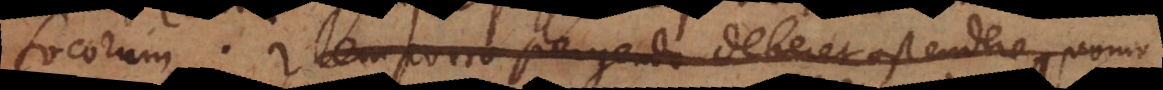
focorum. Item porro pergendo deberet ostendere, quomo